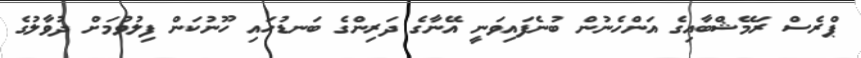
ޕްރެސް ރަމޭޝްބާއިގެ އަންހެނުން ބުނެފައިވަނީ އޭނާގެ ދަރިންގެ ބަނޑުހައި ހޫނުކަން ފިލުވުމަށް ދުވާލުގެ